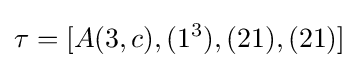
\tau =[A(3,c),(1^{3}),(21),(21)]